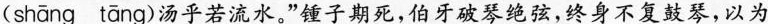
( shāng tāng )汤乎若流水。”锺子期死，伯牙破琴绝弦，终身不复鼓琴，以为